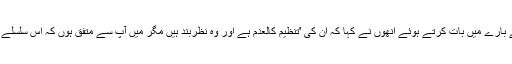
جماعت الدعوۃ کے بانی حافظ سعید کے بارے میں بات کرتے ہوئے انھوں نے کہا کہ ان کی 'تنظیم کالعدم ہے اور وہ نظربند ہیں مگر میں آپ سے متفق ہوں کہ اس سلسلے میں ہمیں مزید اقدامات کرنے ہوں گے۔